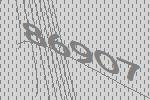
86907